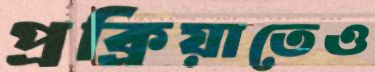
প্রক্রিয়াতেও